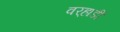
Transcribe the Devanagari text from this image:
वर्‍हाडीं